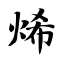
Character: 烯